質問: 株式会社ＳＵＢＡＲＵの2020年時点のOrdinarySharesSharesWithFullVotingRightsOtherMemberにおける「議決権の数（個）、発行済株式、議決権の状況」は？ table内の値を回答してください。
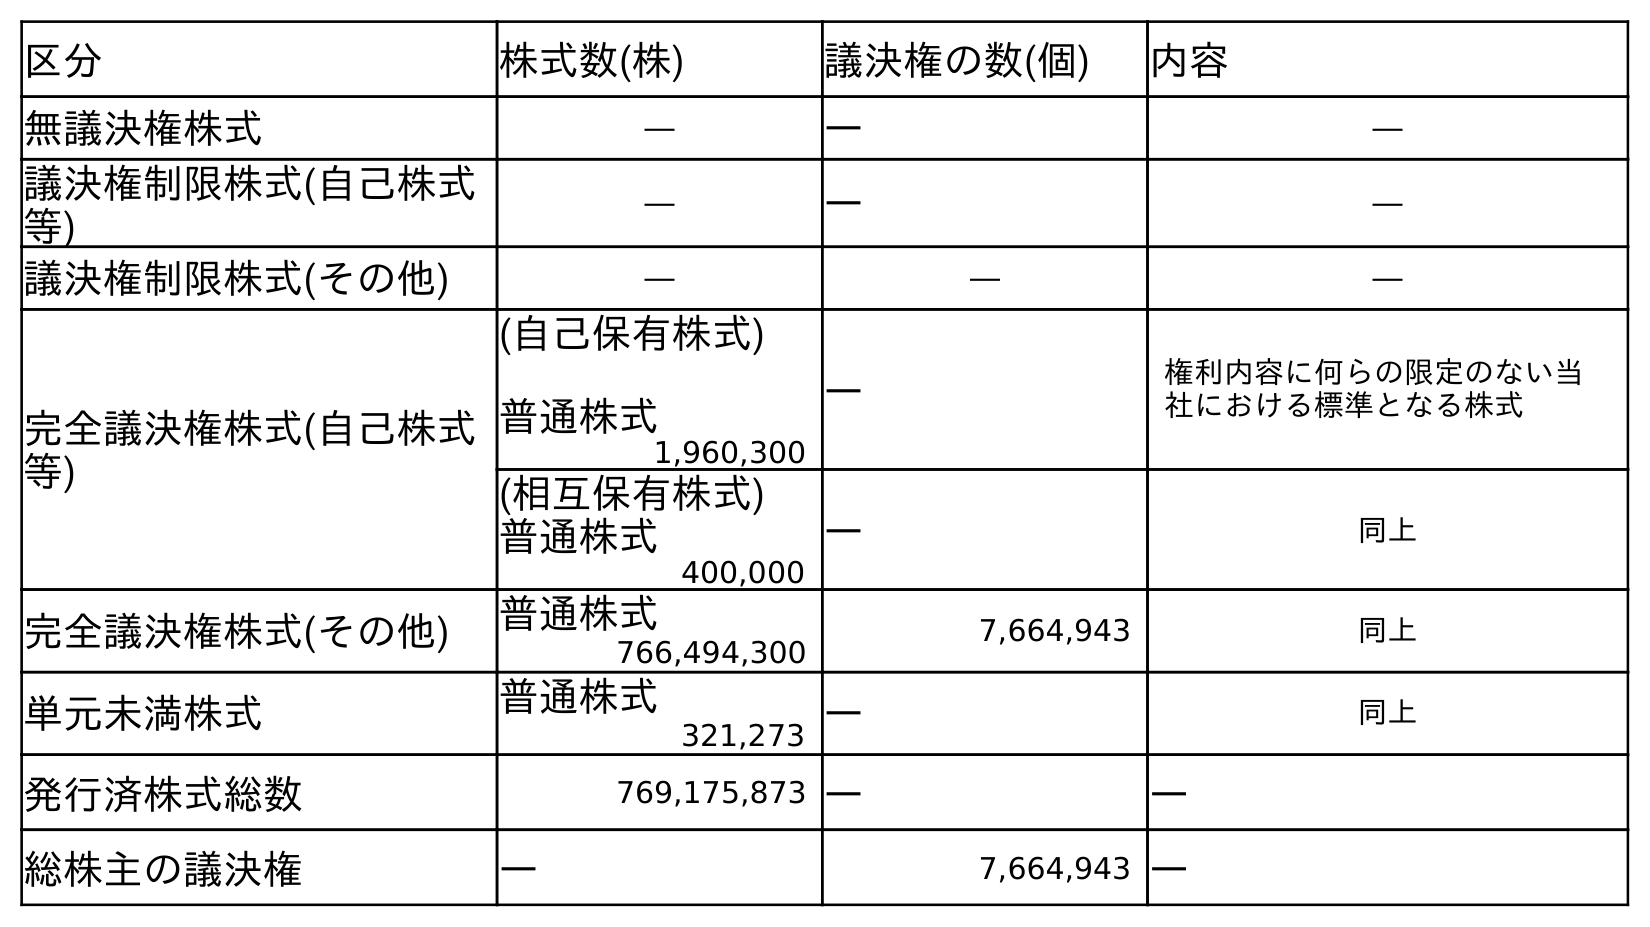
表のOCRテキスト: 区分 株式数(株) 議決権の数(個) 内容 無議決権株式 ― ― ― 議決権制限株式(自己株式 等) ― ― ― 議決権制限株式(その他) ― ― ― 完全議決権株式(自己株式 等) (自己保有株式) 普通株式 ― 権利内容に何らの限定のない当 社における標準となる株式 1,960,300 (相互保有株式) 普通株式 ― 同上 400,000 完全議決権株式(その他) 普通株式 7,664,943 同上 766,494,300 単元未満株式 普通株式 ― 同上 321,273 発行済株式総数 769,175,873 ― ― 総株主の議決権 ― 7,664,943 ―
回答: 7,664,943